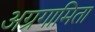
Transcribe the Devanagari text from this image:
अग्रगामिता